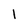
Character: l